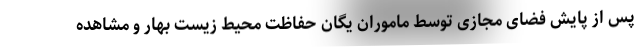
پس از پایش فضای مجازی توسط ماموران یگان حفاظت محیط زیست بهار و مشاهده